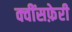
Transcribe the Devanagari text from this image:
क्वींसफ़ेरी